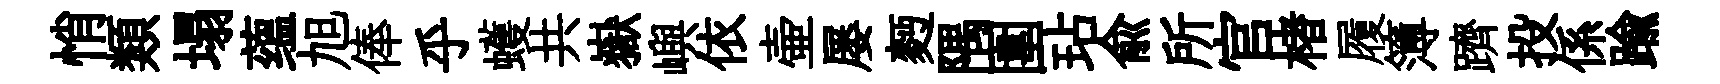
悄類塌蕴旭俸乎蠖共嶽嶼依壷屡麪隅圍玷俞所官楮履簿躋投係踰